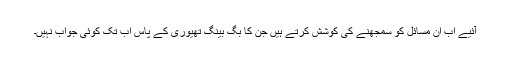
آئیے اب ان مسائل کو سمجھنے کی کوشش کرتے ہیں جن کا بگ بینگ تھیوری کے پاس اب تک کوئی جواب نہیں۔